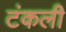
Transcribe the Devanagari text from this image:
टंकली